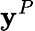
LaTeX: \mathbf{y}^{P}